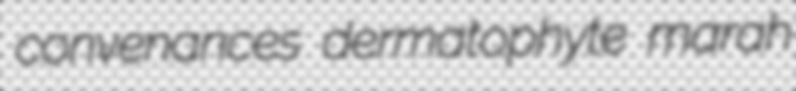
convenances dermatophyte marah